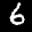
Label: 6